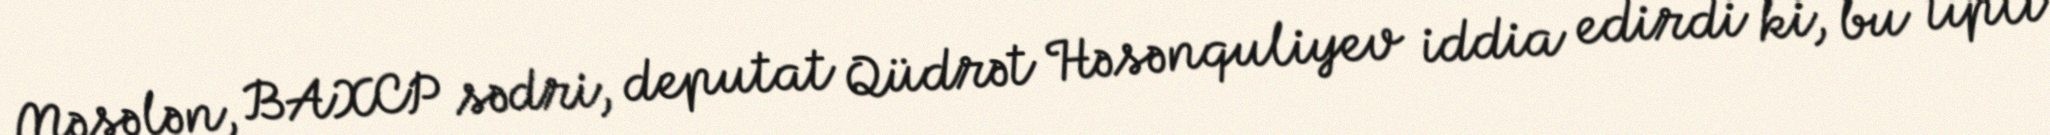
Məsələn, BAXCP sədri, deputat Qüdrət Həsənquliyev iddia edirdi ki, bu tipli